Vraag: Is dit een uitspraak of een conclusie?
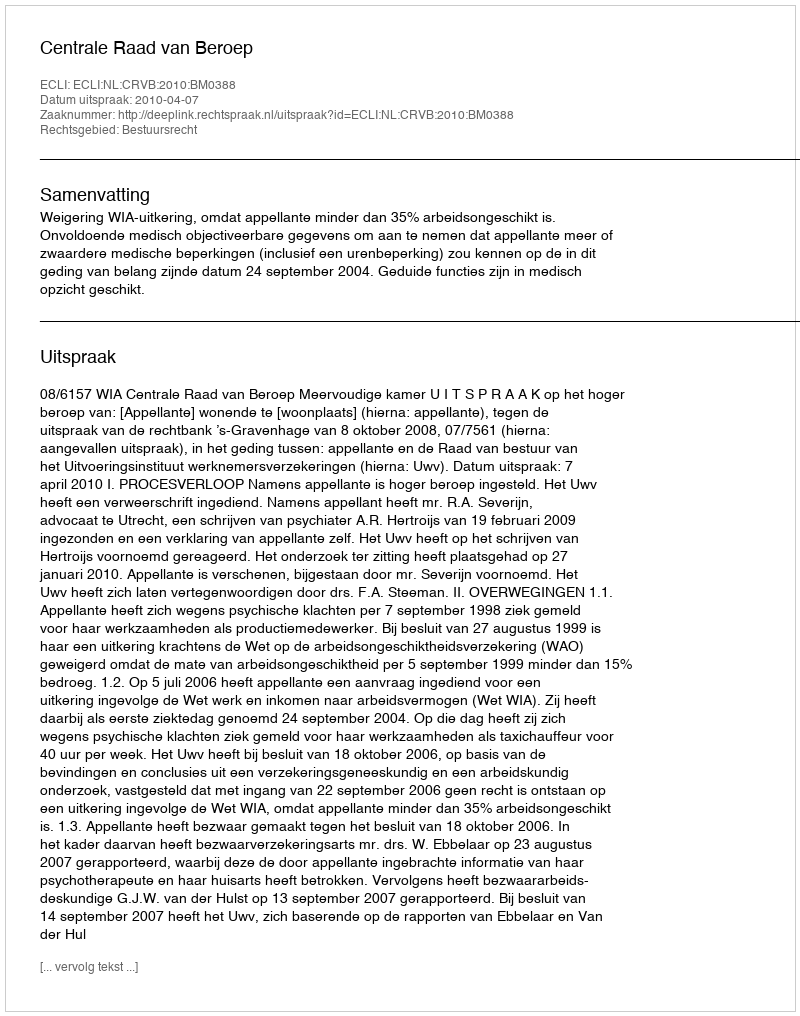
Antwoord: Uitspraak